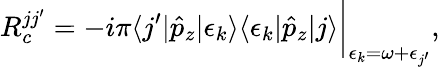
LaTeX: R_{c}^{jj^{\prime}}=-i\pi\langle j^{\prime}|\hat{p}_{z}|\epsilon_{k}\rangle\langle\epsilon_{k}|\hat{p}_{z}|j\rangle\bigg|_{\epsilon_{k}=\omega+\epsilon_{j^{\prime}}},